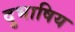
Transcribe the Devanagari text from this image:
दुभाषिय